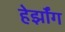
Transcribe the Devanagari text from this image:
हेर्झॉग